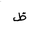
Letter: _za